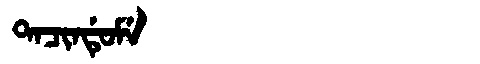
Manchu: ᡨᠠᠴᡳᠨᡩᡠᠮᡝ
Romanization: TACINDUME